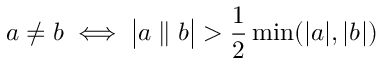
a \neq b \iff { \big | } a \parallel b { \big | } > { \frac { 1 } { 2 } } \operatorname* { m i n } ( | a | , | b | )